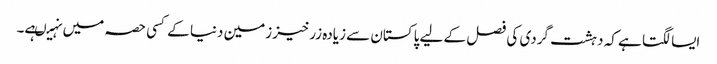
ایسا لگتا ہے کہ دہشت گردی کی فصل کے لیے پاکستان سے زیادہ زرخیز زمین دنیا کے کسی حصہ میں نہیںہے۔